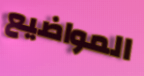
المواضيع